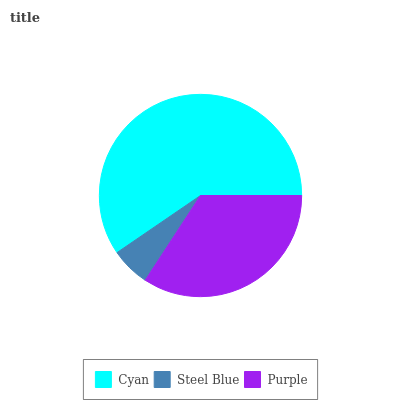
| Cyan | Steel Blue | Purple |
 | --- | --- | --- |
 | 59.5% | 6.25% | 34.2% |